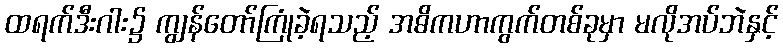
ထရက်ဒီးဂါး၌ ကျွန်တော်ကြုံခဲ့ရသည့် အဓိကဟာကွက်တစ်ခုမှာ မလိုအပ်ဘဲနှင့်